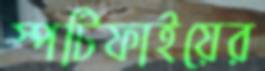
স্পটিফাইয়ের